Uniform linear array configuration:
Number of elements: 12
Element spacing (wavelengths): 0.75
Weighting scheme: binomial
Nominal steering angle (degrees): -30
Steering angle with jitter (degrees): -31.904
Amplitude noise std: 0.05
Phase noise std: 0.05

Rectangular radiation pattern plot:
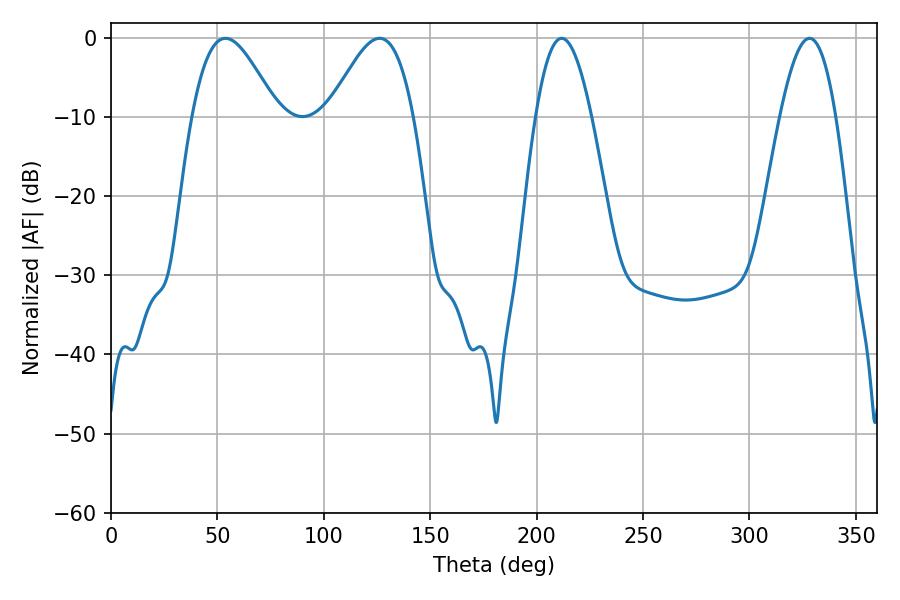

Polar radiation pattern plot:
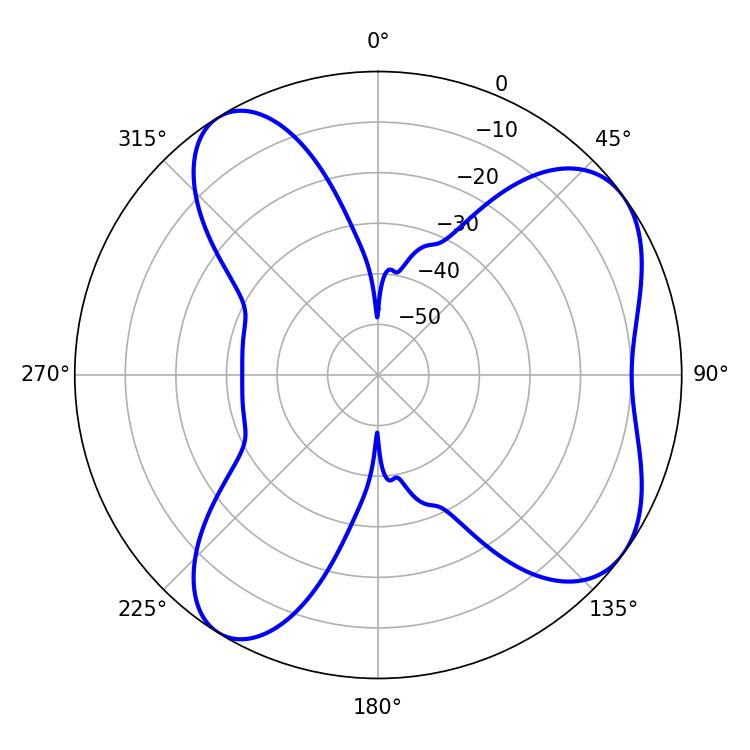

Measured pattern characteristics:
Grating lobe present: TRUE
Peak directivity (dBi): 6.766
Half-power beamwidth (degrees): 21.24
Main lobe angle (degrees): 126.18